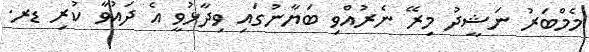
މެމްބަރު ނަޝީދު މިރޭ ނެރުއްވި ބަޔާނުގައި ވިދާޅުވީ އެ ދައުވާ ކުރި ޑރ.